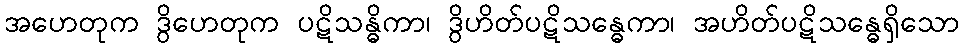
အဟေတုက ဒွိဟေတုက ပဋိသန္ဓိကာ၊ ဒွိဟိတ်ပဋိသန္ဓေကာ၊ အဟိတ်ပဋိသန္ဓေရှိသော